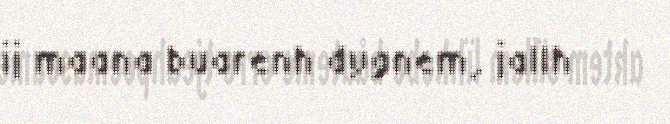
ij maana buarenh dygnem, jallh